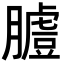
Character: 𦟚